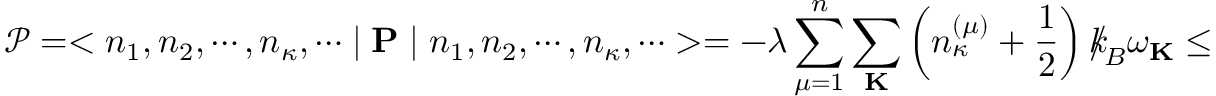
{ \mathcal P } = < n _ { 1 } , n _ { 2 } , \cdots , n _ { \kappa } , \cdots \mid { \bf P } \mid n _ { 1 } , n _ { 2 } , \cdots , n _ { \kappa } , \cdots > = - \lambda \sum _ { \mu = 1 } ^ { n } \sum _ { \bf K } \left( n _ { \kappa } ^ { ( \mu ) } + \frac { 1 } { 2 } \right) { \slash \! \! \! k } _ { \! { B } } \omega _ { \bf K } \leq 0